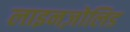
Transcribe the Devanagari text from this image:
लाइनज़ोलिड